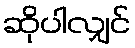
ဆိုပါလျှင်